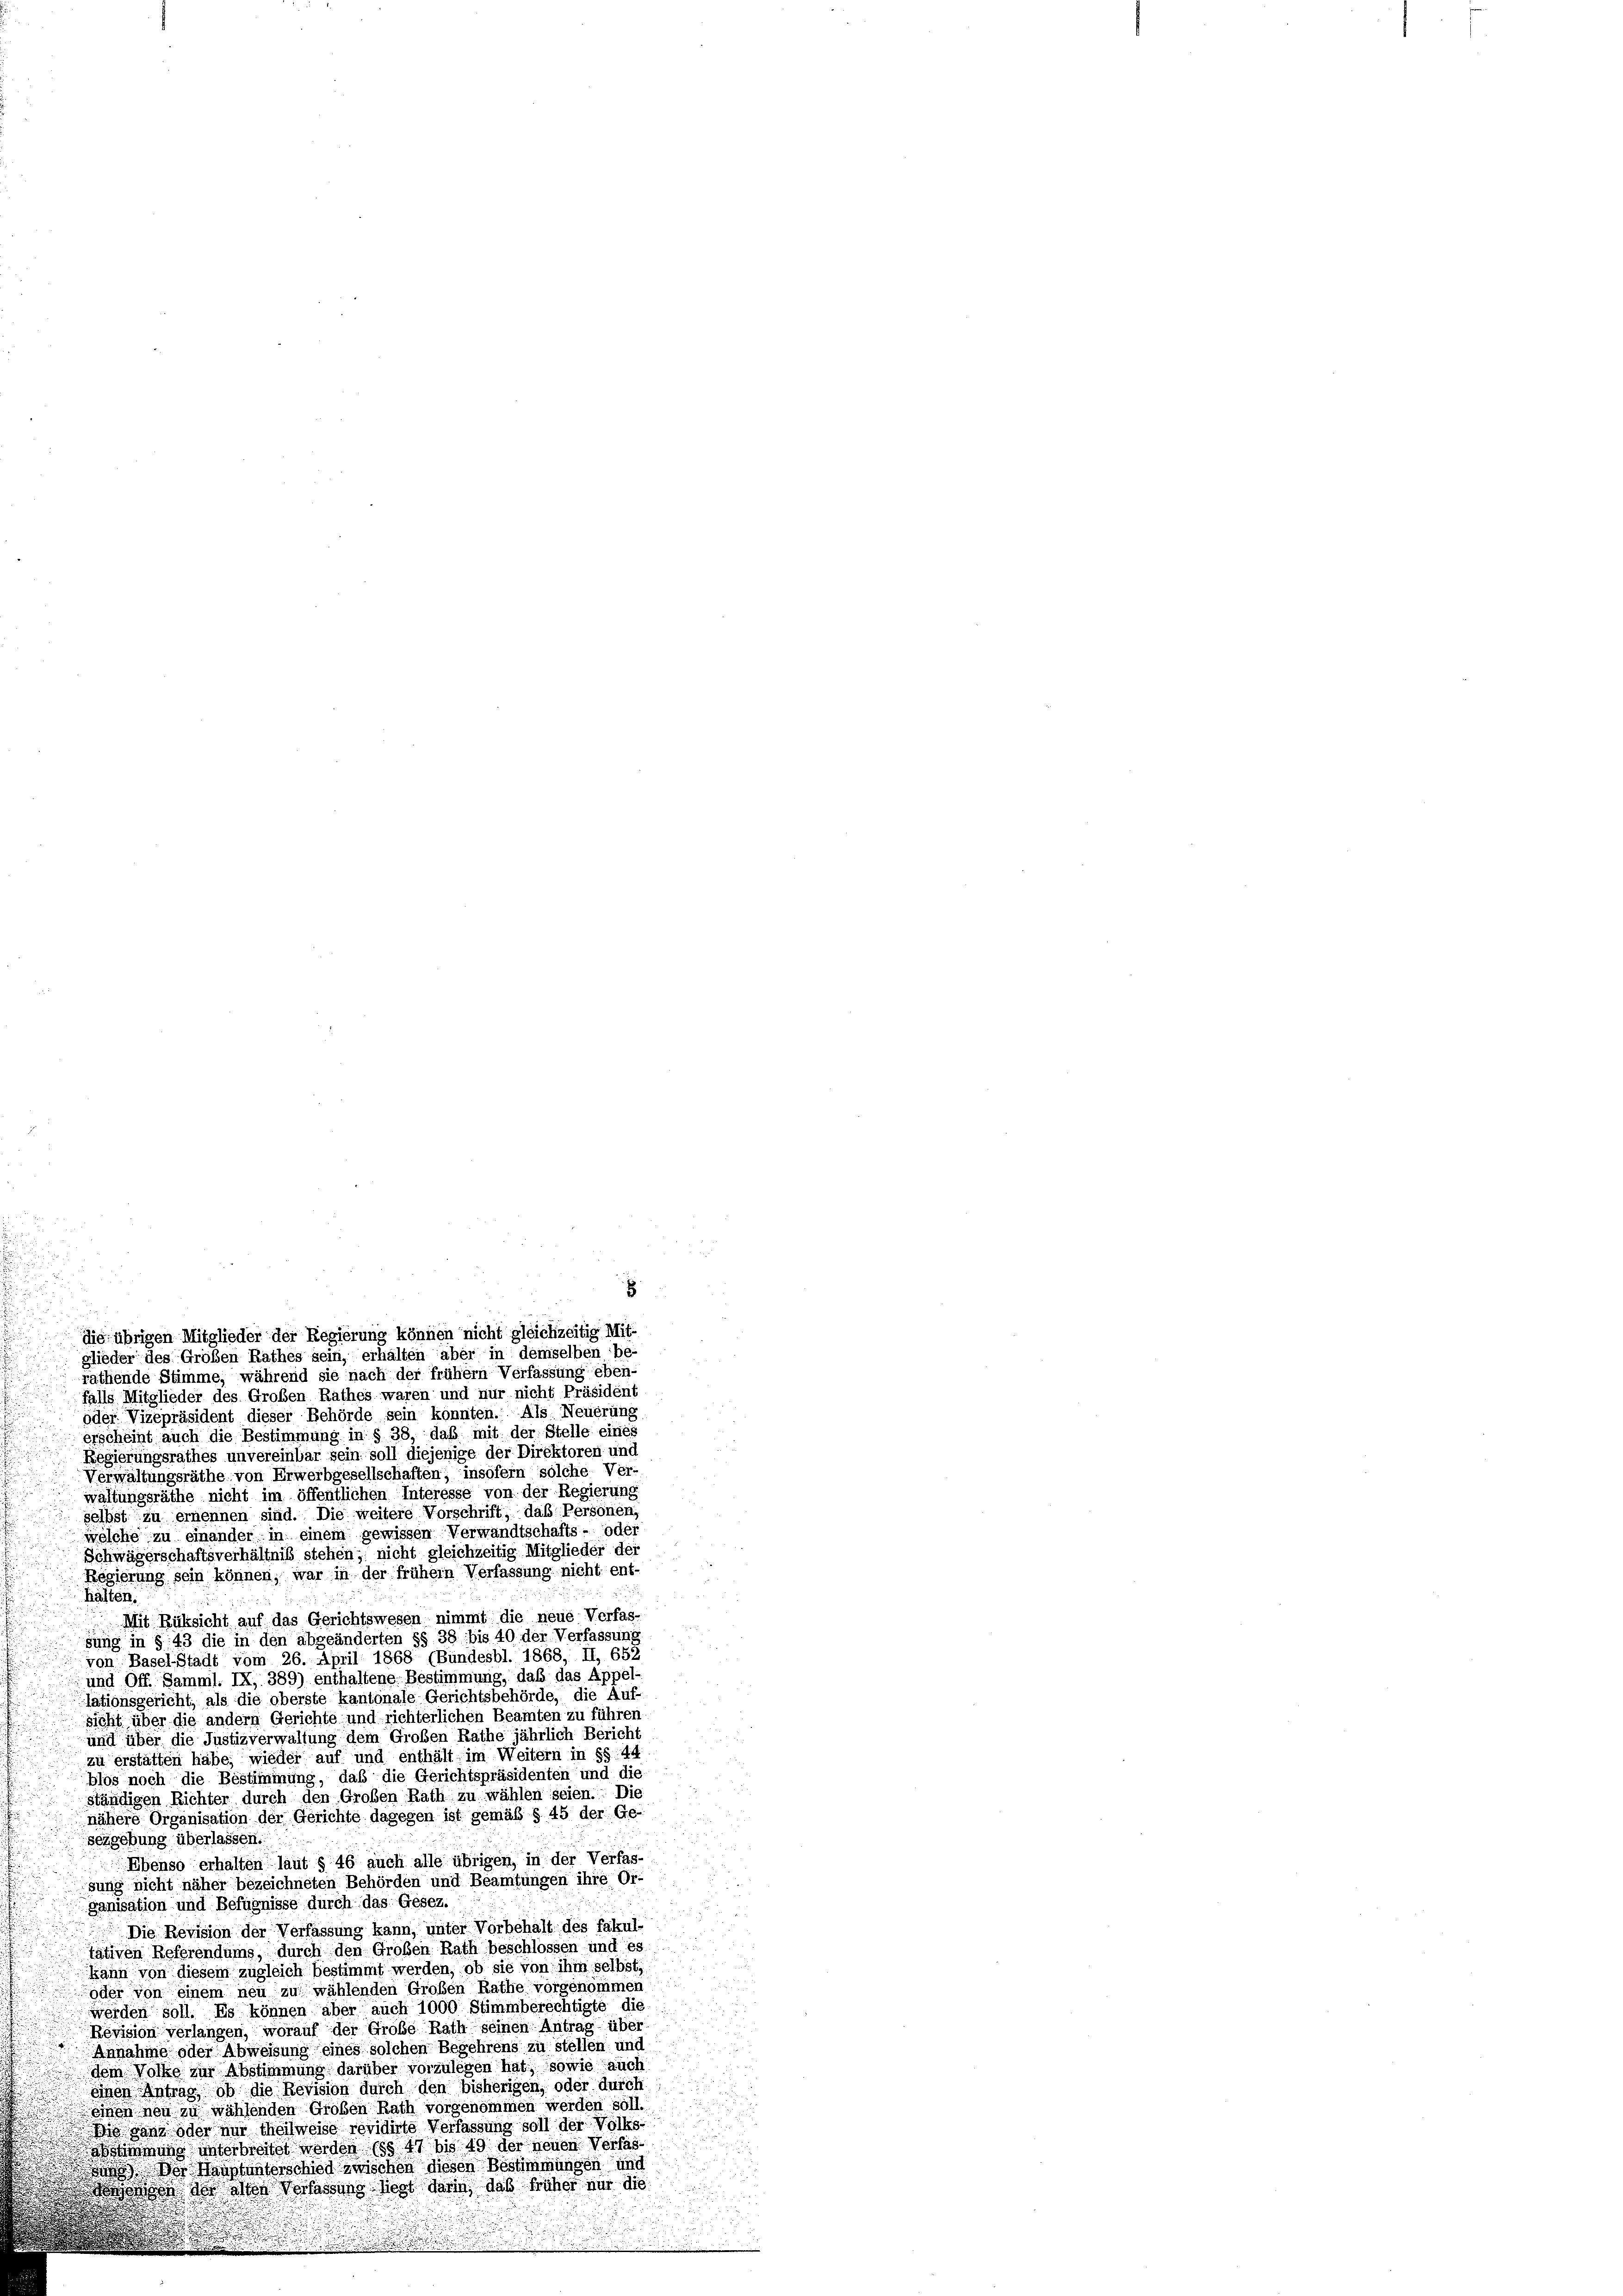
glieder des Großen Rathes sein, erhalten aber in demselben be-
rathende Stimme, während sie nach der frühem Verfassung eben-
falls Mitglieder des Großen Rathes waren und nur nicht Präsident
oder Vizepräsident dieser Behörde sein konnten. Als Neuerung

.
die übrigen Mitglieder der Regierung können nicht gleichzeitig Mit-

erscheint auch die Bestimmung in § 38, daß mit der Stelle eines
Regierungsrathes unvereinbar sein soll diejenige der Direktoren und
Verwaltungsräthe von Erwerbgesellschaften, insofern solche Ver-
waltungsräthe nicht im öffentlichen Interesse von der Regierung
selbst zu ernennen sind. Die weitere Vorschrift, daß Personen,
welche zu einander in einem gewissen Verwandtschafts- oder
Schwägerschaftsverhältnis stehen; nicht gleichzeitig Mitglieder der
Regierung sein können, war in der frühem Verfassung nicht ent-
halten.
Mit Rüksicht auf das Gerichtswesen nimmt die neue Verfas-
sung in § 43 die in den abgeänderten §§ 38 bis 40 der Verfassung
von Basel-Stadt vom 26. April 1868 (Bundesbl. 1868, II, 652
 und Off. Samml. IX, 389) enthaltene Bestimmung, daß das Appel-
lationsgericht, als die oberste kantonale Gerichtsbehörde, die Auf-
sicht über die andern Gerichte und richterlichen Beamten zu führen
und über die Justizverwaltung dem Großen Rathe jährlich Bericht
zu erstätten habe, wieder auf und enthält im Weitern in §§ 44
blos noch die Bestimmung, daß die Gerichtspräsidenten und die
ständigen Richter durch den Großen Rath zu wählen seien. Die
nähere Organisation der Gerichte dagegen ist gemäß § 45 der Ge-
sezgebung überlassen.
Ebenso erhalten laut § 46 auch alle übrigen, in der Verfas-
sung nicht näher bezeichneten Behörden und Beamtungen ihre Or-
ganisation und Befugnisse durch das Gesez.
Die Revision der Verfassung kann, unter Vorbehalt des fakul-
tativen Referendums, durch den Großen Rath beschlossen und es
Jann von diesem zugleich bestimmt werden, ob sie von ihm selbst,
oder von einem neu zu wählenden Großen Rathe vorgenommen
werden soll. Es können aber auch 1000 Stimmberechtigte die
Revision verlangen, worauf der Große Rath seinen Antrag über
Annahme oder Abweisung eines solchen Begehrens zu stellen und
dem Wolke zur Abstimmung darüber vorzulegen hat, sowie auch
einen Antrag, ob die Revision durch den bisherigen, oder durch
einen neu zu wählenden Großen Rath vorgenommen werden soll.
 ds ganz oder nur theilweise revidirte Verfassung soll der Volks-
nung unterbreitet worden (§§ 47 bis 49 der neuen Verfas¬
Der Mastunterschied zwischen diesen Bestimmungen und
ogen der von Verfassung liegt darin, daß früher nur die

.

r